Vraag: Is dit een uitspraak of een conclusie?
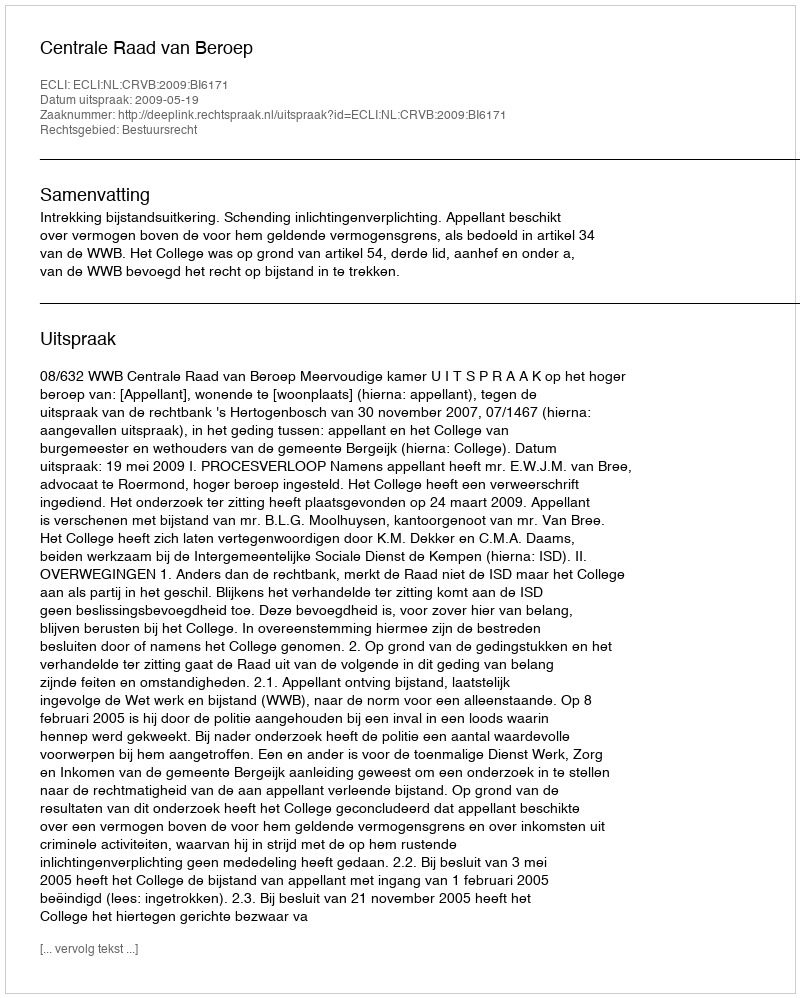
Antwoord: Uitspraak